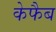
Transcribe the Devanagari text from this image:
केफैब